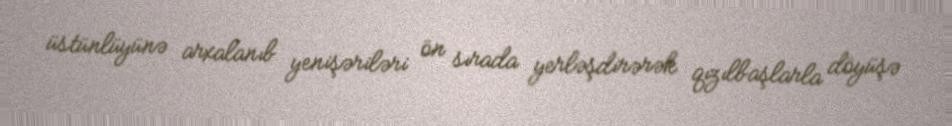
üstünlüyünə arxalanıb yenişəriləri ön sırada yerləşdirərək qızılbaşlarla döyüşə